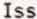
ISS